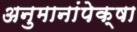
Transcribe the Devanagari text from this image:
अनुमानांपेक्षा